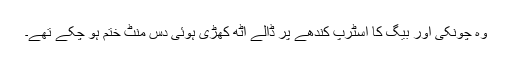
وہ چونکی اور بیگ کا اسٹرپ کندھے پر ڈالے اٹھ کھڑی ہوئی دس منٹ ختم ہو چکے تھے۔